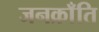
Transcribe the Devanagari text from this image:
जनक्राँति